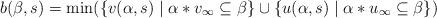
LaTeX: \begin{align*}b(\beta,s) = \min( \{ v(\alpha,s) \mid \alpha*v_{\infty} \subseteq \beta \} \cup \{ u(\alpha,s) \mid \alpha*u_{\infty} \subseteq \beta \} )\end{align*}